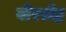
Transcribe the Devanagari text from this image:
वीरश्रेष्ठ